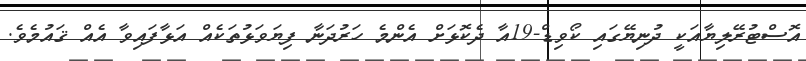
އޮސްޓުރޭލިޔާއަކީ ދުނިޔޭގައި ކޯވިޑް-19އާ ދެކޮޅަށް އެންމެ ހަރުދަނާ ފިޔަވަޅުތަކެއް އަޅާފައިވާ އެއް ޤައުމެވެ.